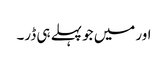
اور میں جو پہلے ہی ڈر۔